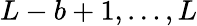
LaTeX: L-b+1,\dotsc,L